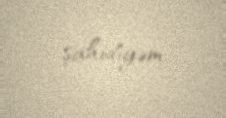
şahidiyəm.